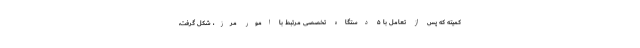
کمیته که پس از تعامل با ۵ دستگاه تخصصی مرتبط با امور مرز، شکل گرفت،